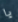
يا